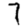
Digit: 7